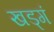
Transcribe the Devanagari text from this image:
खड्गं